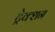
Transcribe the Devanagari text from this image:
ट्रेक्शन